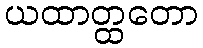
ယထာတ္ထတော